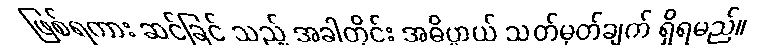
ဖြစ်ရကား ဆင်ခြင် သည့် အခါတိုင်း အဓိပ္ပာယ် သတ်မှတ်ချက် ရှိရမည်။